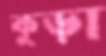
কুড়া